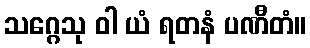
သဂ္ဂေသု ဝါ ယံ ရတနံ ပဏီတံ။